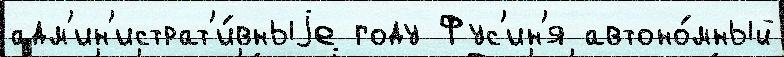
адм'ин'истрат'и́вныjе году Фус'ин'я автоно́мный